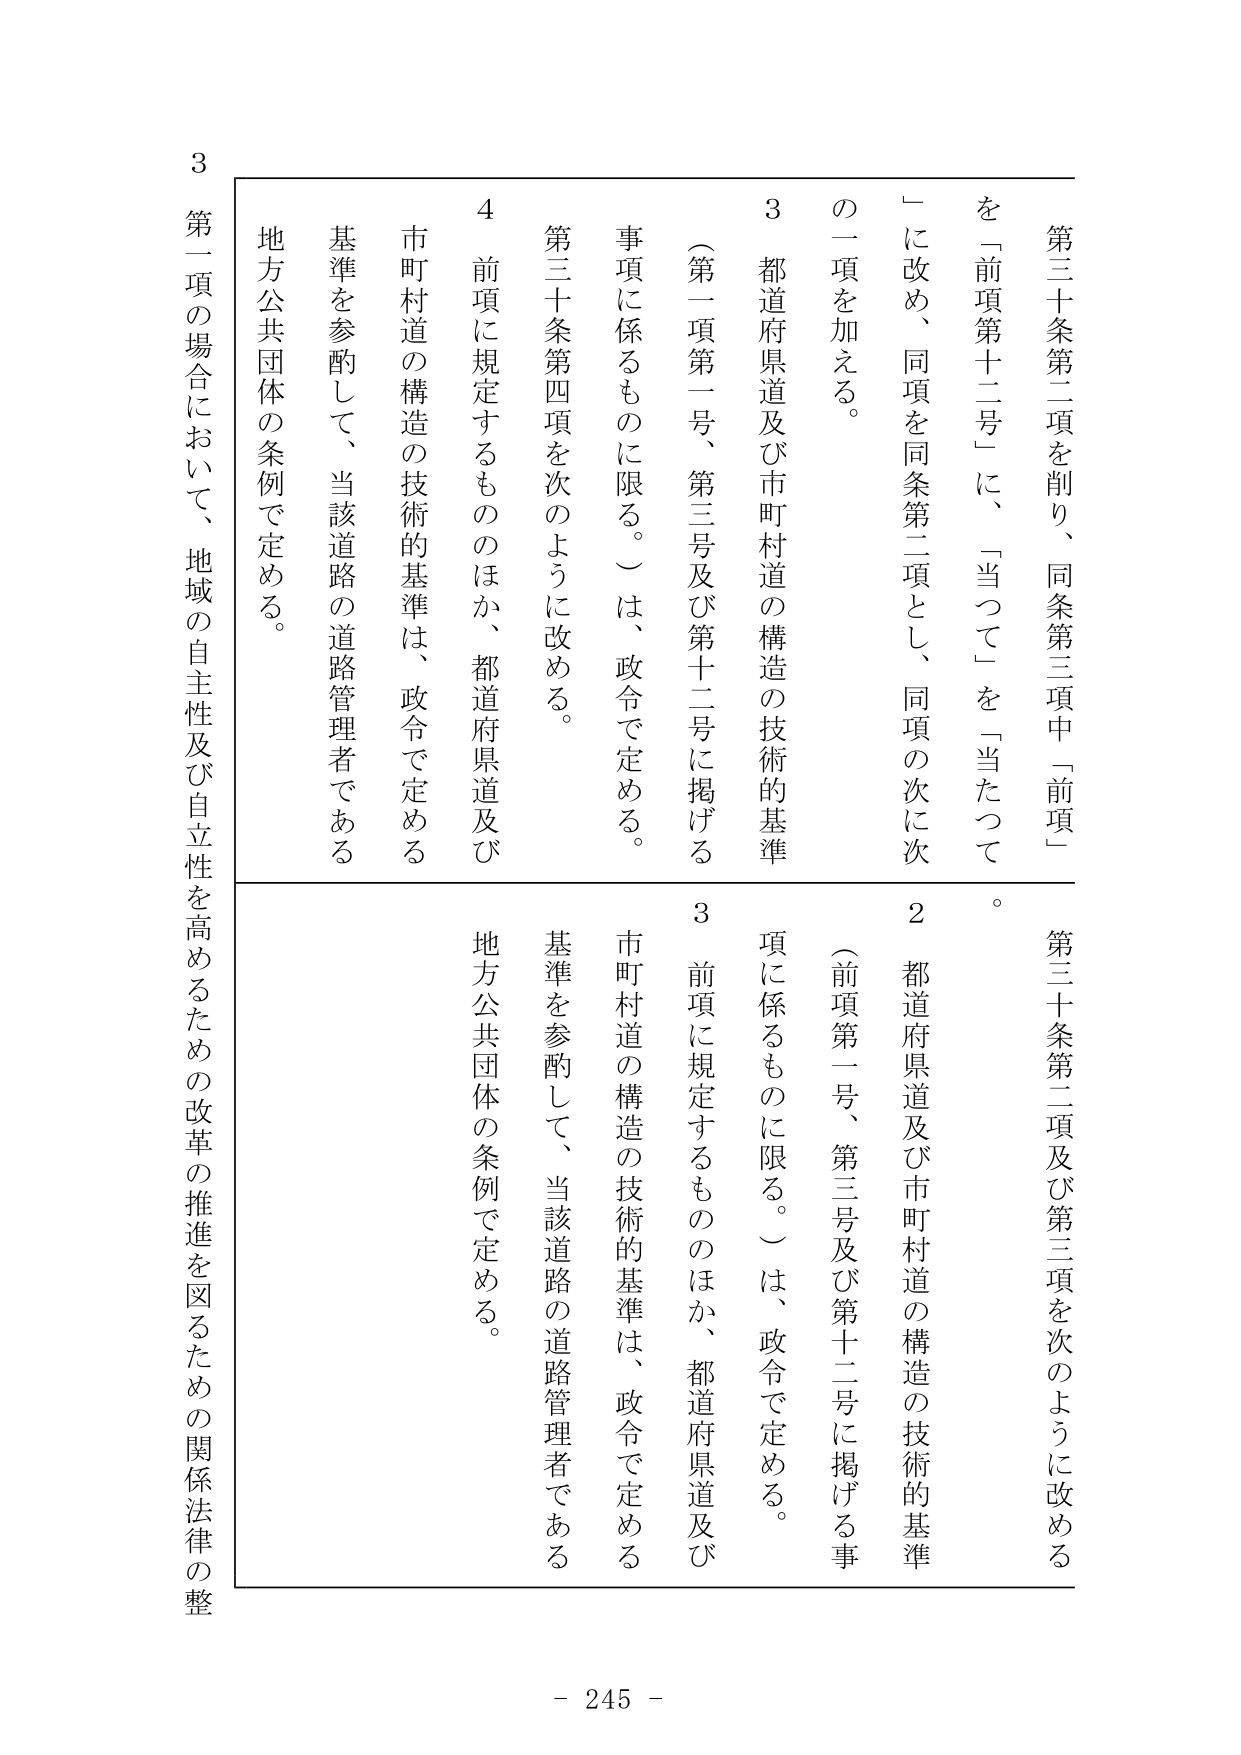
第三十条第二項を削り、同条第三項中「前項」を「前項第十二号」に、「当って」を「当たって」に改め、同項を同条第二項とし、同項の次に次の一项を加える。

3 都道府県道及び市町村道の構造の技術的基準（第一項第一号、第三号及び第十二号に掲げる事項に係るものに限る。）は、政令で定める。

4 前項に規定するもののほか、都道府県道及び市町村道の構造の技術的基準は、政令で定める基準を参酌して、当該道路の道路管理者である地方公共団体の条例で定める。

第三十条第二項及び第三項を次のように改める

2 都道府県道及び市町村道の構造の技術的基準（前項第一号、第三号及び第十二号に掲げる事項に係るものに限る。）は、政令で定める。

3 前項に規定するもののほか、都道府県道及び市町村道の構造の技術的基準は、政令で定める基準を参酌して、当該道路の道路管理者である地方公共団体の条例で定める。

第一項の場合において、地域の自主性及び自立性を高めるための改革の推進を図るための関係法律の整

- 245 -